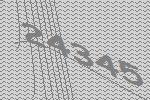
24345